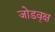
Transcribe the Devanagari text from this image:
जोडवृक्ष